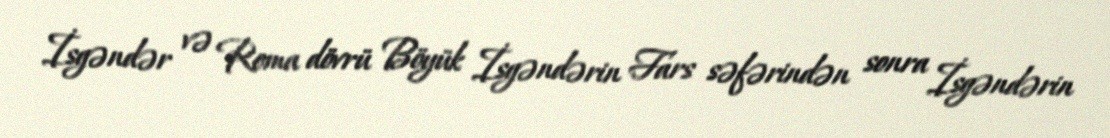
İsgəndər və Roma dövrü Böyük İsgəndərin Fars səfərindən sonra İsgəndərin